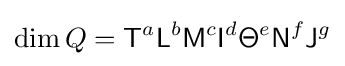
\operatorname {dim} Q={\mathsf {T}}^{a}{\mathsf {L}}^{b}{\mathsf {M}}^{c}{\mathsf {I}}^{d}{\mathsf {\Theta }}^{e}{\mathsf {N}}^{f}{\mathsf {J}}^{g}